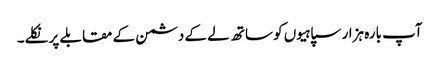
آپ بارہ ہزار سپاہیوں کو ساتھ لے کے دشمن کے مقابلے پر نکلے۔